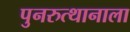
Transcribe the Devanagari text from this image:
पुनरुत्थानाला